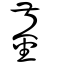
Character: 錖